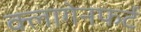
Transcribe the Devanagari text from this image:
क्लागेनफर्ट